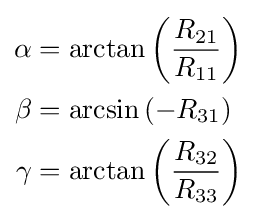
{\begin{aligned}\alpha &=\arctan \left({\frac {R_{21}}{R_{11}}}\right)\\\beta &=\arcsin \left(-R_{31}\right)\\\gamma &=\arctan \left({\frac {R_{32}}{R_{33}}}\right)\end{aligned}}